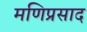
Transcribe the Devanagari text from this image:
मणिप्रसाद